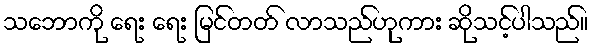
သဘောကို ရေး ရေး မြင်တတ် လာသည်ဟုကား ဆိုသင့်ပါသည်။